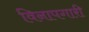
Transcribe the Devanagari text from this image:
विनापगारी